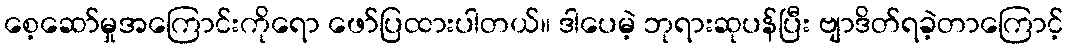
စေ့ဆော်မှုအကြောင်းကိုရော ဖော်ပြထားပါတယ်။ ဒါပေမဲ့ ဘုရားဆုပန်ပြီး ဗျာဒိတ်ရခဲ့တာကြောင့်